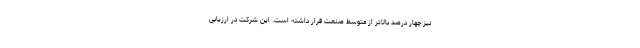
نیز چهار درصد بالاتر از متوسط صنعت قرار داشته است. این شرکت در ارزیابی